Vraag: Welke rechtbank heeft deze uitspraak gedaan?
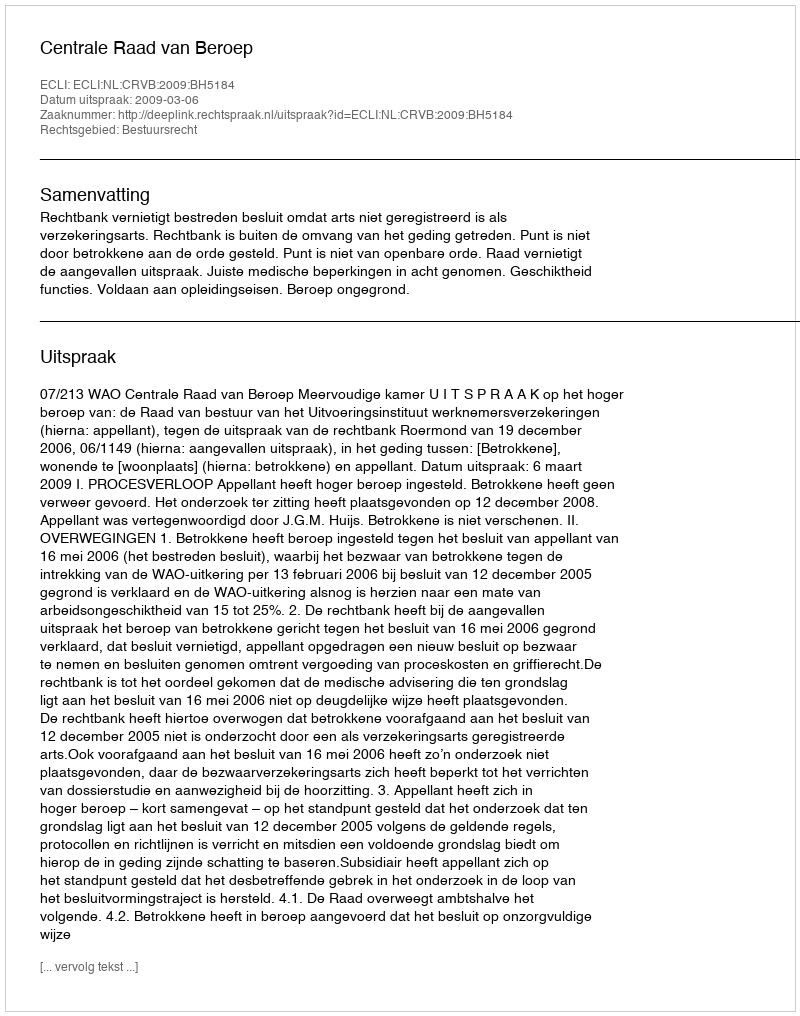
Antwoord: Centrale Raad van Beroep